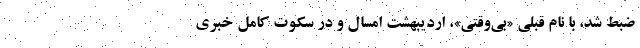
ضبط شد، با نام قبلی «بی‌وقتی»، اردیبهشت امسال و در سکوت کامل خبری